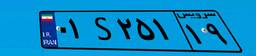
۰۱S۲۵۱۱۹